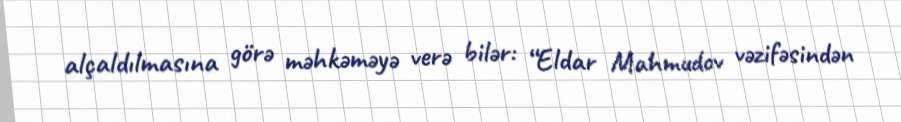
alçaldılmasına görə məhkəməyə verə bilər: “Eldar Mahmudov vəzifəsindən